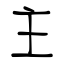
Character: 主